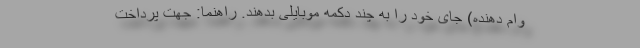
وام دهنده) جای خود را به چند دکمه موبایلی بدهند. راهنما: جهت پرداخت